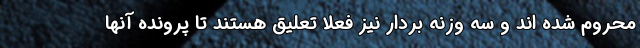
محروم شده اند و سه وزنه بردار نیز فعلا تعلیق هستند تا پرونده آنها